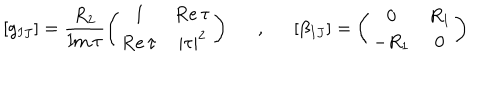
[ g _ { I J } ] = \frac { R _ { 2 } } { \mathrm { I m } \, \tau } \left( \begin{matrix} { { 1 } } & { { \mathrm { R e } \, \tau } } \\ { { \mathrm { R e } \, \tau } } & { { | \tau | ^ { 2 } } } \\ \end{matrix} \right) , [ \beta _ { I J } ] = \left( \begin{matrix} { { 0 } } & { { R _ { 1 } } } \\ { { - R _ { 1 } } } & { { 0 } } \\ \end{matrix} \right)